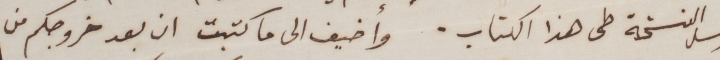
ارسل النسخة طى هذا الكتاب. وأضيف الى ما كتبت ان بعد خروجكم من